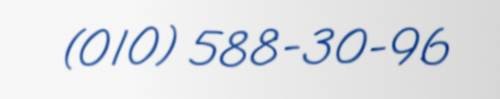
(010) 588-30-96